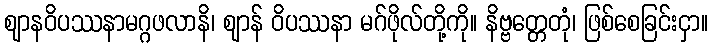
ဈာနဝိပဿနာမဂ္ဂဖလာနိ၊ ဈာန် ဝိပဿနာ မဂ်ဖိုလ်တို့ကို။ နိဗ္ဗတ္တေတုံ၊ ဖြစ်စေခြင်းငှာ။